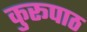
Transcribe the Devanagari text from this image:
कुरूपाठ